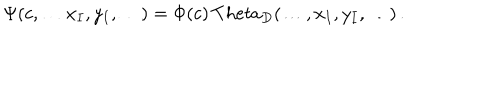
\Psi ( c , \dots x _ { I } , y _ { I } , \dots ) = \Phi ( c ) \, T h e t a _ { D } ( \dots , x _ { I } , y _ { I } , \dots ) \, .